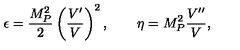
\epsilon = \frac { M _ { P } ^ { 2 } } { 2 } \left( \frac { V ^ { \prime } } { V } \right) ^ { 2 } , \qquad \eta = M _ { P } ^ { 2 } \frac { V ^ { \prime \prime } } { V } ,